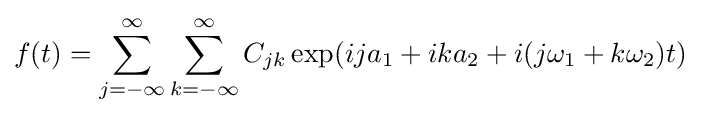
f(t)=\sum _{j=-\infty }^{\infty }\sum _{k=-\infty }^{\infty }C_{jk}\exp(ija_{1}+ika_{2}+i(j\omega _{1}+k\omega _{2})t)